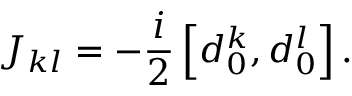
J _ { k l } = - \frac { i } { 2 } \left[ d _ { 0 } ^ { k } , d _ { 0 } ^ { l } \right] .